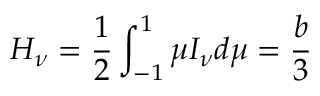
H _ { \nu } = { \frac { 1 } { 2 } } \int _ { - 1 } ^ { 1 } \mu I _ { \nu } d \mu = { \frac { b } { 3 } }